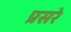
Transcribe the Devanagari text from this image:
प्रसरे